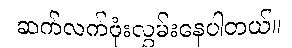
ဆက်လက်ဖုံးလွှမ်းနေပါတယ်။